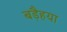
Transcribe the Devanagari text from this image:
बड़ैहया